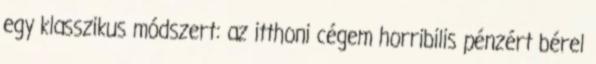
egy klasszikus módszert: az itthoni cégem horribilis pénzért bérel